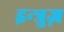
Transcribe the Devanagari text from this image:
इन्त्रुज़